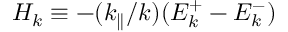
H _ { k } \equiv - ( k _ { \parallel } / k ) ( E _ { k } ^ { + } - E _ { k } ^ { - } )